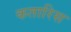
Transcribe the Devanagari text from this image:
कतारिस